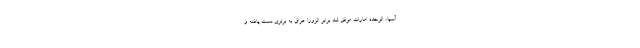
آسیا، الوحده امارات موفق شد برابر الزورا عراق به برتری دست یافته و